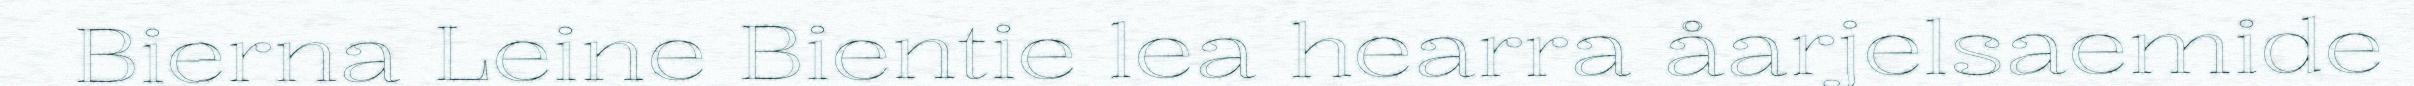
Bierna Leine Bientie lea hearra åarjelsaemide